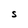
Character: S